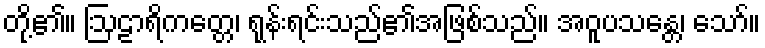
တို့၏။ ဩဠာရိကတ္တေ၊ ရုန်းရင်းသည်၏အဖြစ်သည်။ အဝူပသန္တေ၊ သော်။